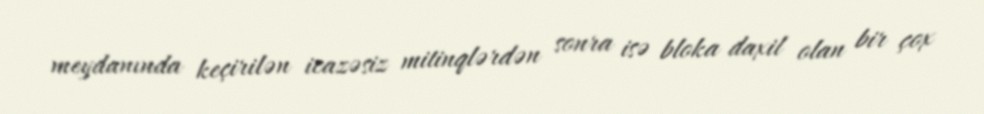
meydanında keçirilən icazəsiz mitinqlərdən sonra isə bloka daxil olan bir çox